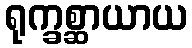
ရုက္ခစ္ဆာယာယ